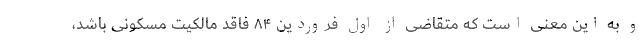
و به این معنی است که متقاضی از اول فروردین ۸۴ فاقد مالکیت مسکونی باشد،